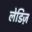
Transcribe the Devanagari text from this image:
लेडिज़